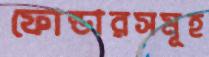
ফোল্ডারসমূহ